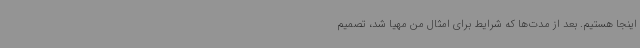
اینجا هستیم. بعد از مدت‌ها که شرایط برای امثال من مهیا شد، تصمیم